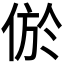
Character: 𰂔